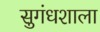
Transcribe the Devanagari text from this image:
सुगंधशाला